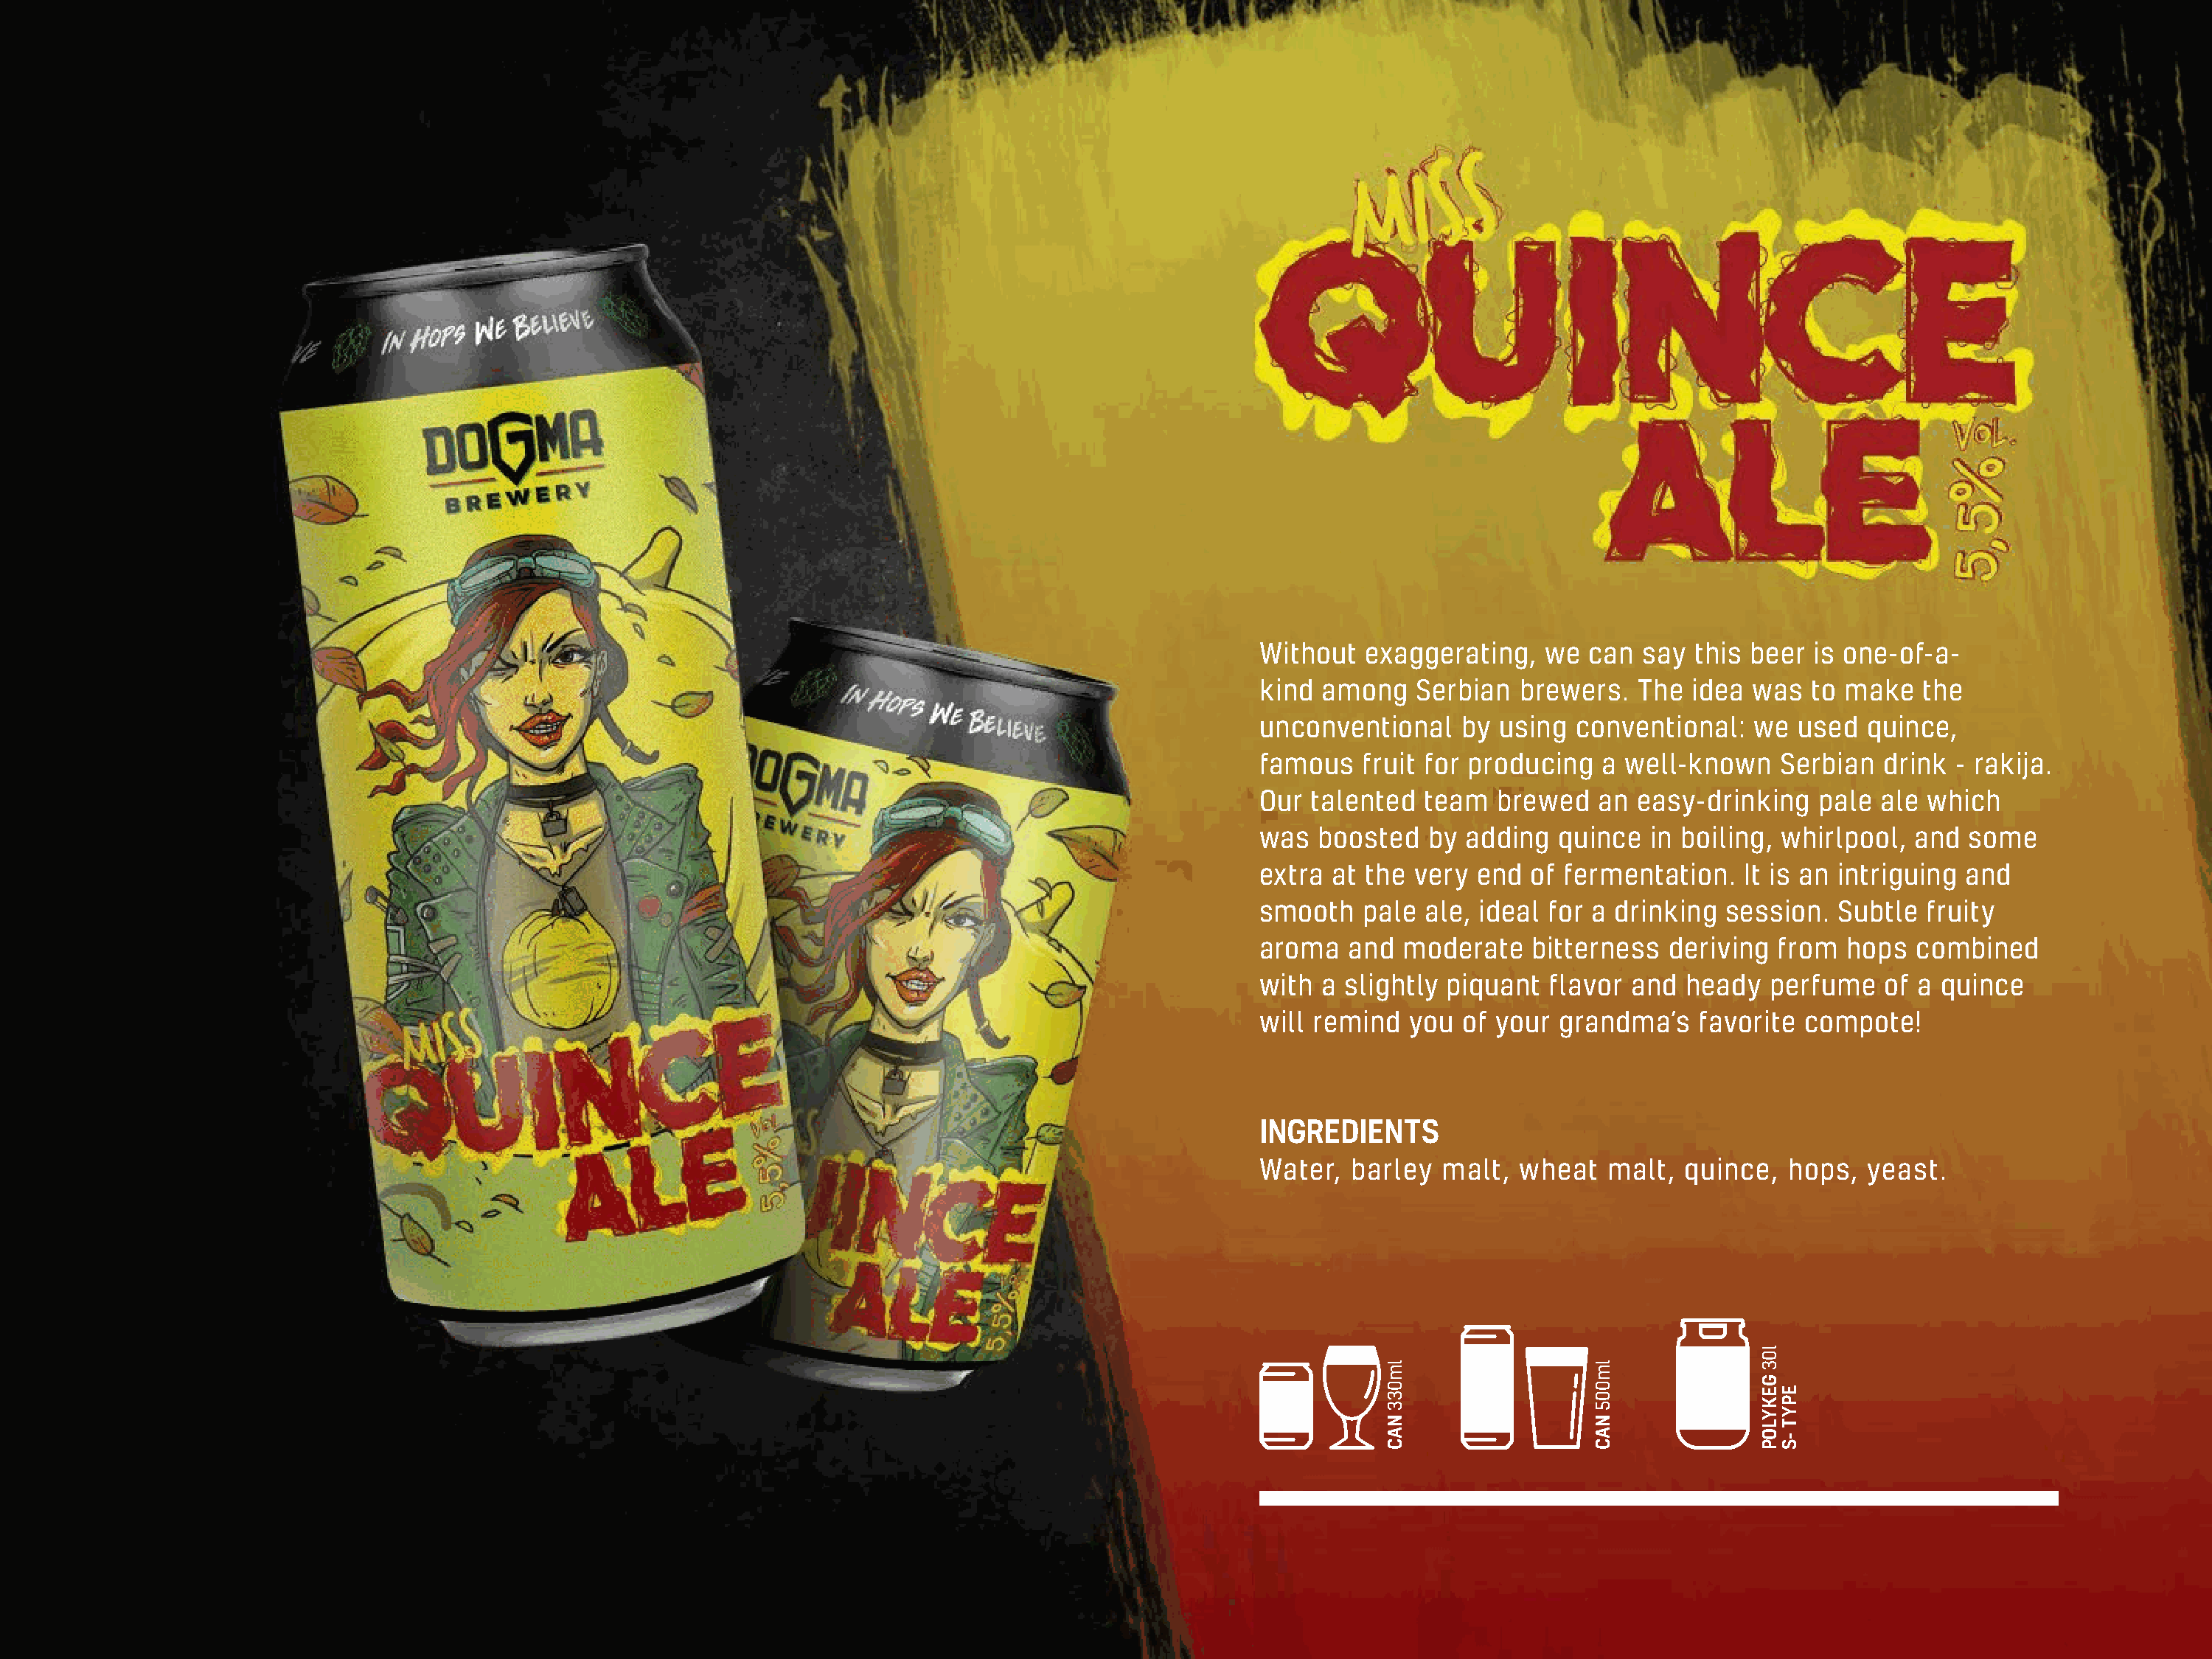
Without   exaggerating,   we  can say  this beer  is one-of-a-
 kind  among   Serbian  brewers.   The  idea was   to make   the
 unconventional    by  using conventional:   we  used   quince,
 famous   fruit for producing   a well-known    Serbian  drink  - rakija.
 Our  talented  team  brewed    an easy-drinking   pale  ale which
 was  boosted   by  adding  quince  in boiling, whirlpool,  and  some
 extra  at the very  end of fermentation.    It is an intriguing and
 smooth   pale  ale, ideal for a drinking  session.  Subtle  fruity
 aroma   and  moderate    bitterness  deriving  from  hops  combined
 with  a slightly piquant  flavor and  heady   perfume   of a quince
 will remind   you of your  grandma’s    favorite compote!
 INGREDIENTS
 Water,  barley  malt,  wheat   malt,  quince,   hops,  yeast.
 lm033
 NAC
 lm005
 NAC
 l03
 GEKYLOP
 EPYT
 -S